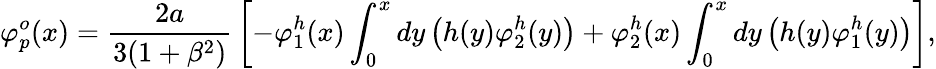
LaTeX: \varphi_{p}^{o}(x)={\frac{2a}{3(1+\beta^{2})}}\left[-\varphi_{1}^{h}(x)\int_{0}^{x}dy\left(h(y)\varphi_{2}^{h}(y)\right)+\varphi_{2}^{h}(x)\int_{0}^{x}dy\left(h(y)\varphi_{1}^{h}(y)\right)\right],